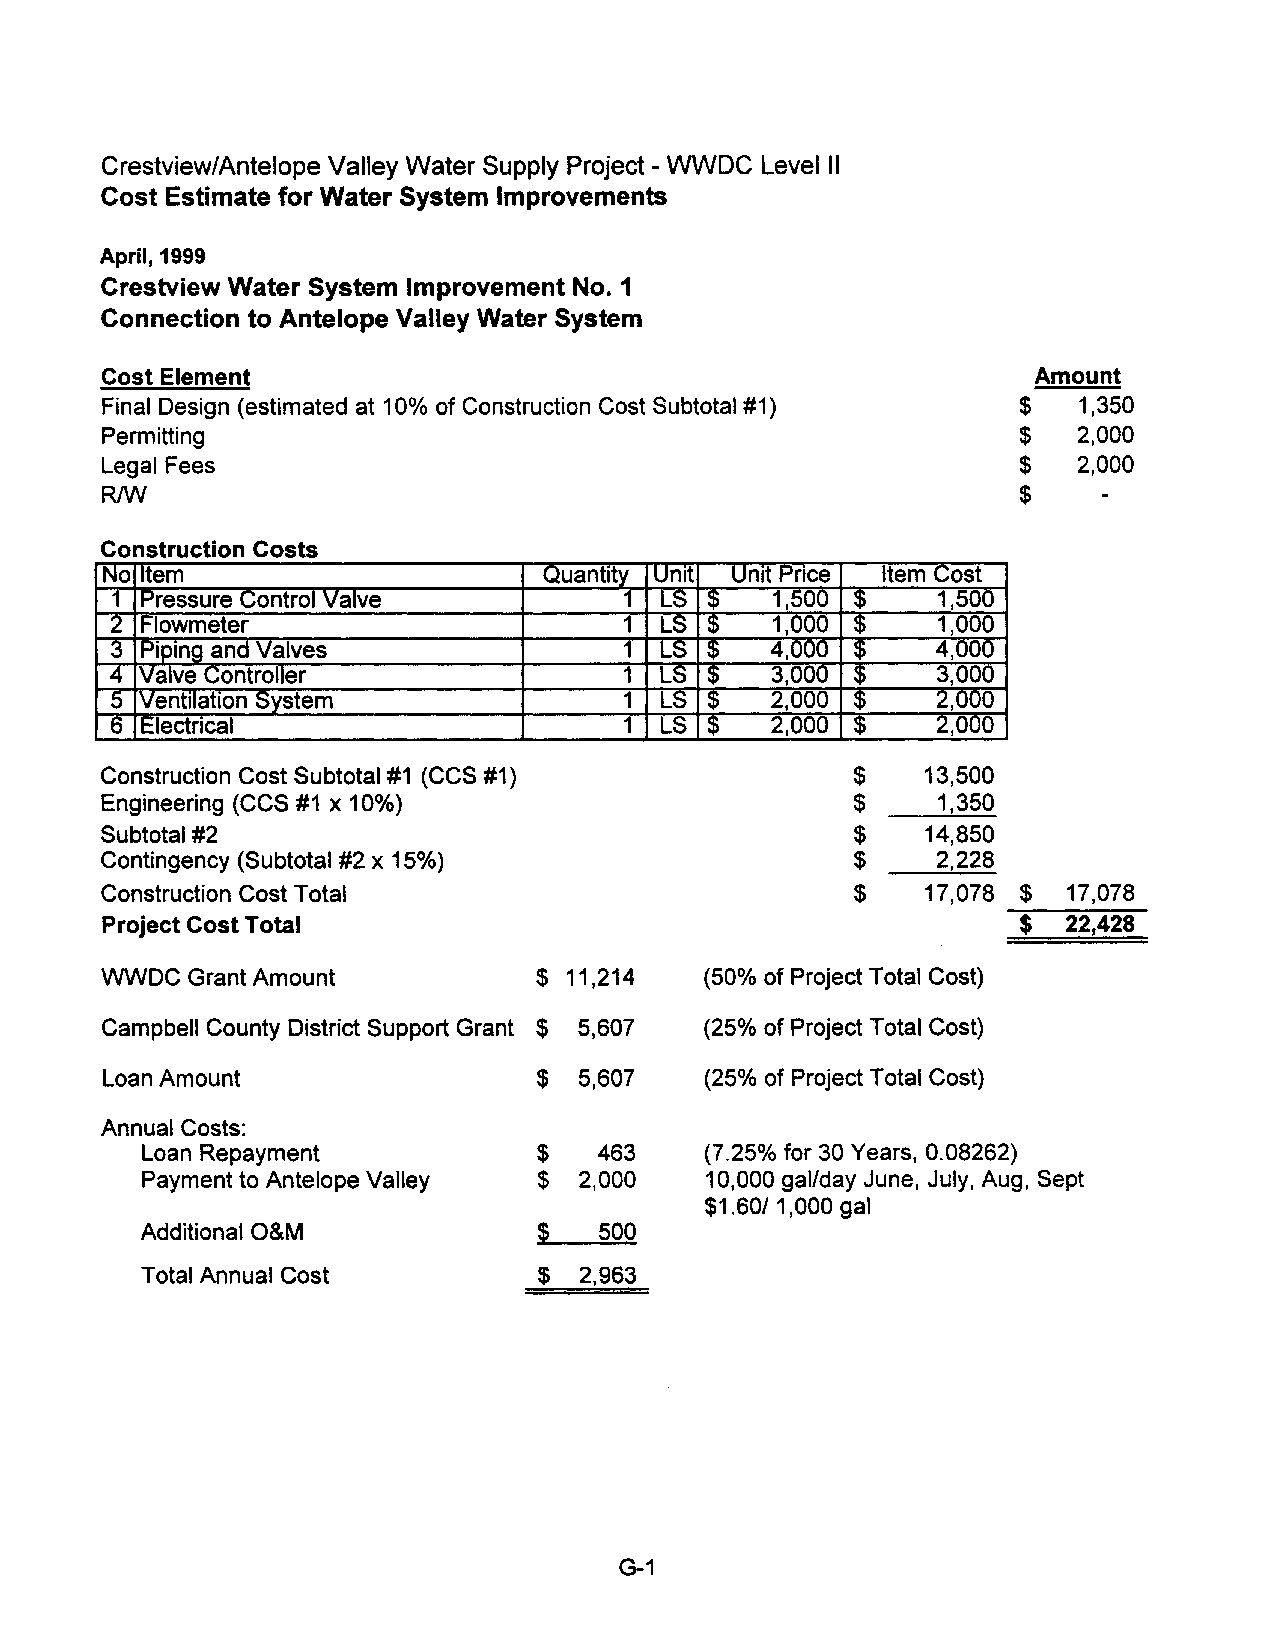
Crestview/Antelope Valley Water Supply Project - WWDC Level II
 Cost Estimate for Water System Improvements
 April, 1999
 Crestview Water System Improvement No. 1
 Connection to Antelope Valley Water System
 Cost Element                                                  Amount
 Final Design (estimated at 10% of Construction Cost Subtotal #1) $ 1,350
 Permitting                                                   $   2,000
 Legal Fees                                                   $   2,000
 R1W                                                          $
 Construction Costs
 No Item                       Quantity Unit Unit Price Item Cost
 1 Pressure Control Valve          1 LS ~I)  1,500 ~~   1,500
 2 Flowmeter                       1 LS ~ )  1,000 ~~   1,000
 3 PipJng and Valves               1 LS ~ )  4,000 ~~   4,000
 4 Valve Controller                1 LS ! )  3,000 ~~   3,000
 5 Ventilatton System              1 LS ~ )  2,000 ~~   2,000
 6 ·Electncal                      1 LS ~ )  2,000 ~~   2,000
 Construction Cost Subtotal #1 (CCS #1 )           $    13,500
 Engineering (CCS #1 x 10%)                        $     1,350
 Subtotal #2                                       $    14,850
 Contingency (Subtotal #2 x 15%)                   $     2,228
 Construction Cost Total                           $    17,078 $ 17,078
 Project Cost Total                                           $  22,428
 WWDC  Grant Amount           $ 11,214   (50% of Project Total Cost)
 Campbell County District Support Grant $ 5,607 (250/0 of Project Total Cost)
 Loan Amount                  $  5,607   (250/0 of Project Total Cost)
 Annual Costs:
 Loan Repayment            $   463    (7.25% for 30 Years, 0.08262)
 Payment to Antelope Valley $ 2,000   10,000 gal/day June, July, Aug, Sept
 $1.60/1,000 gal
 Additional O&M            ~   500
 Total Annual Cost         $  2,963
 G-1